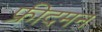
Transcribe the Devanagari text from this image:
फ्रीदमन